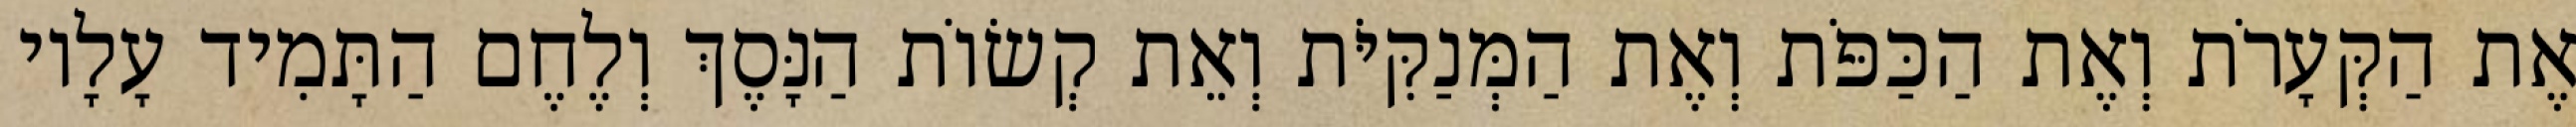
אֶת הַקְּעָרֹת וְאֶת הַכַּפֹּת וְאֶת הַמְּנַקִּיֹּת וְאֵת קְשׂוֹת הַנָּסֶךְ וְלֶחֶם הַתָּמִיד עָלָיו